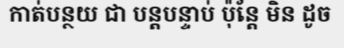
កាត់បន្ថយ ជា បន្តបន្ទាប់ ប៉ុន្តែ មិន ដូច